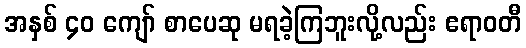
အနှစ် ၄၀ ကျော် စာပေဆု မရခဲ့ကြဘူးလို့လည်း ဧရာဝတီ